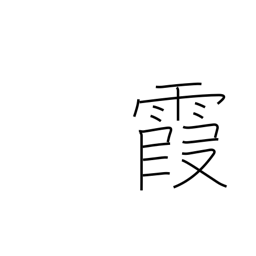
Meaning: be hazy